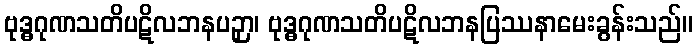
ဗုဒ္ဓဂုဏသတိပဋိလဘနပဉှာ၊ ဗုဒ္ဓဂုဏသတိပဋိလဘနပြဿနာမေးခွန်းသည်။